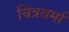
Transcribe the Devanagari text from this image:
चित्रवर्मा